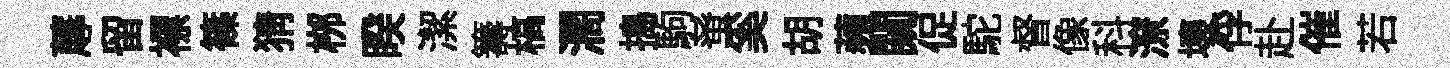
蓐留褾篠猜桞睽潔籌槁濶搗駒𫊫奚胡蘋闚促駝督像科潦壞俘赴催若